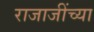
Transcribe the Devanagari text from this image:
राजाजींच्या